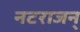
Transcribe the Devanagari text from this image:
नटराजन्‌